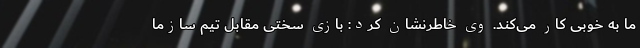
ما به خوبی کار می‌کند. وی خاطرنشان کرد: بازی سختی مقابل تیم سازما